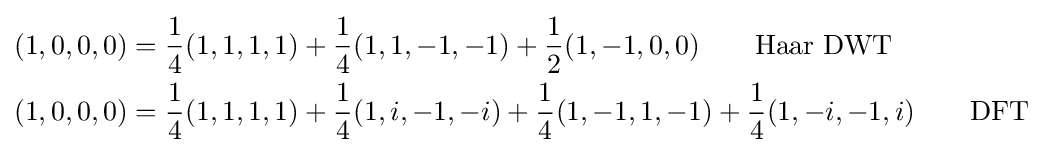
{\begin{aligned}(1,0,0,0)&={\frac {1}{4}}(1,1,1,1)+{\frac {1}{4}}(1,1,-1,-1)+{\frac {1}{2}}(1,-1,0,0)\qquad {\text{Haar DWT}}\\(1,0,0,0)&={\frac {1}{4}}(1,1,1,1)+{\frac {1}{4}}(1,i,-1,-i)+{\frac {1}{4}}(1,-1,1,-1)+{\frac {1}{4}}(1,-i,-1,i)\qquad {\text{DFT}}\end{aligned}}